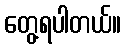
တွေ့ရပါတယ်။